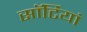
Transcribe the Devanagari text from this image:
साॅर्टियां